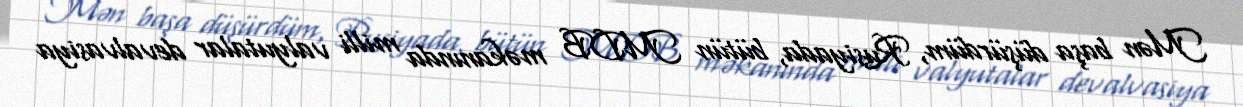
Mən başa düşürdüm, Rusiyada, bütün MDB məkanında milli valyutalar devalvasiya